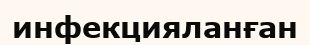
инфекцияланған